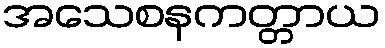
အသေစနကတ္တာယ